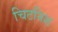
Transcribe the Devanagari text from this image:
चिटनिश